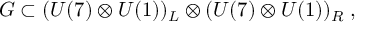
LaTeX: { \cal { G } } \subset ( U ( 7 ) \otimes U ( 1 ) ) _ { L } \otimes ( U ( 7 ) \otimes U ( 1 ) ) _ { R } \; ,